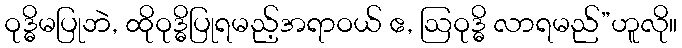
ဝုဒ္ဓိမပြုဘဲ, ထိုဝုဒ္ဓိပြုရမည့်အရာဝယ် ဧ, ဩဝုဒ္ဓိ လာရမည်”ဟူလို။